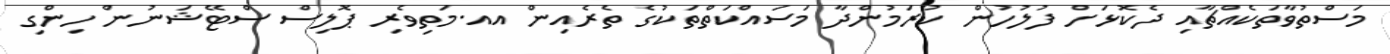
މަސްތުވާތަކެއްޗާއި ދެކޮޅަށް ފުލުހުން ކުރަމުންދާ މަސައްކަތްތަކުގެ ތެރެއިން އއ.މަތިވެރި ޕޮލިސް ސްޓޭޝަނުން ހިންގި